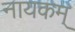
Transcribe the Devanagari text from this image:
नायकम्‌